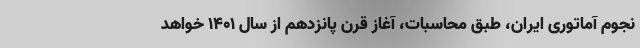
نجوم آماتوری ایران، طبق محاسبات، آغاز قرن پانزدهم از سال ۱۴۰۱ خواهد